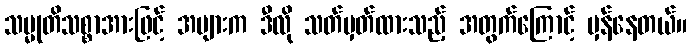
သမ္မုတိသစ္စာအားဖြင့် အများက ဒီလို သတ်မှတ်ထားသည့် အတွက်ကြောင့် မှန်နေတယ်။